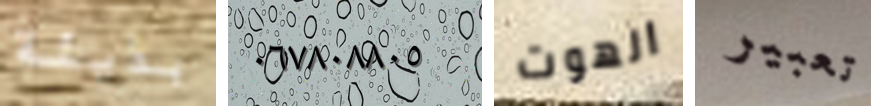
بذيئة ٠٦٧٨٠٨٨٠٥ الهوت تعبير